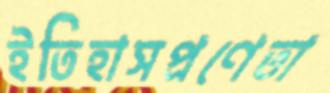
ইতিহাসপ্রণেতা